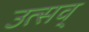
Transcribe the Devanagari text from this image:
उत्सव्